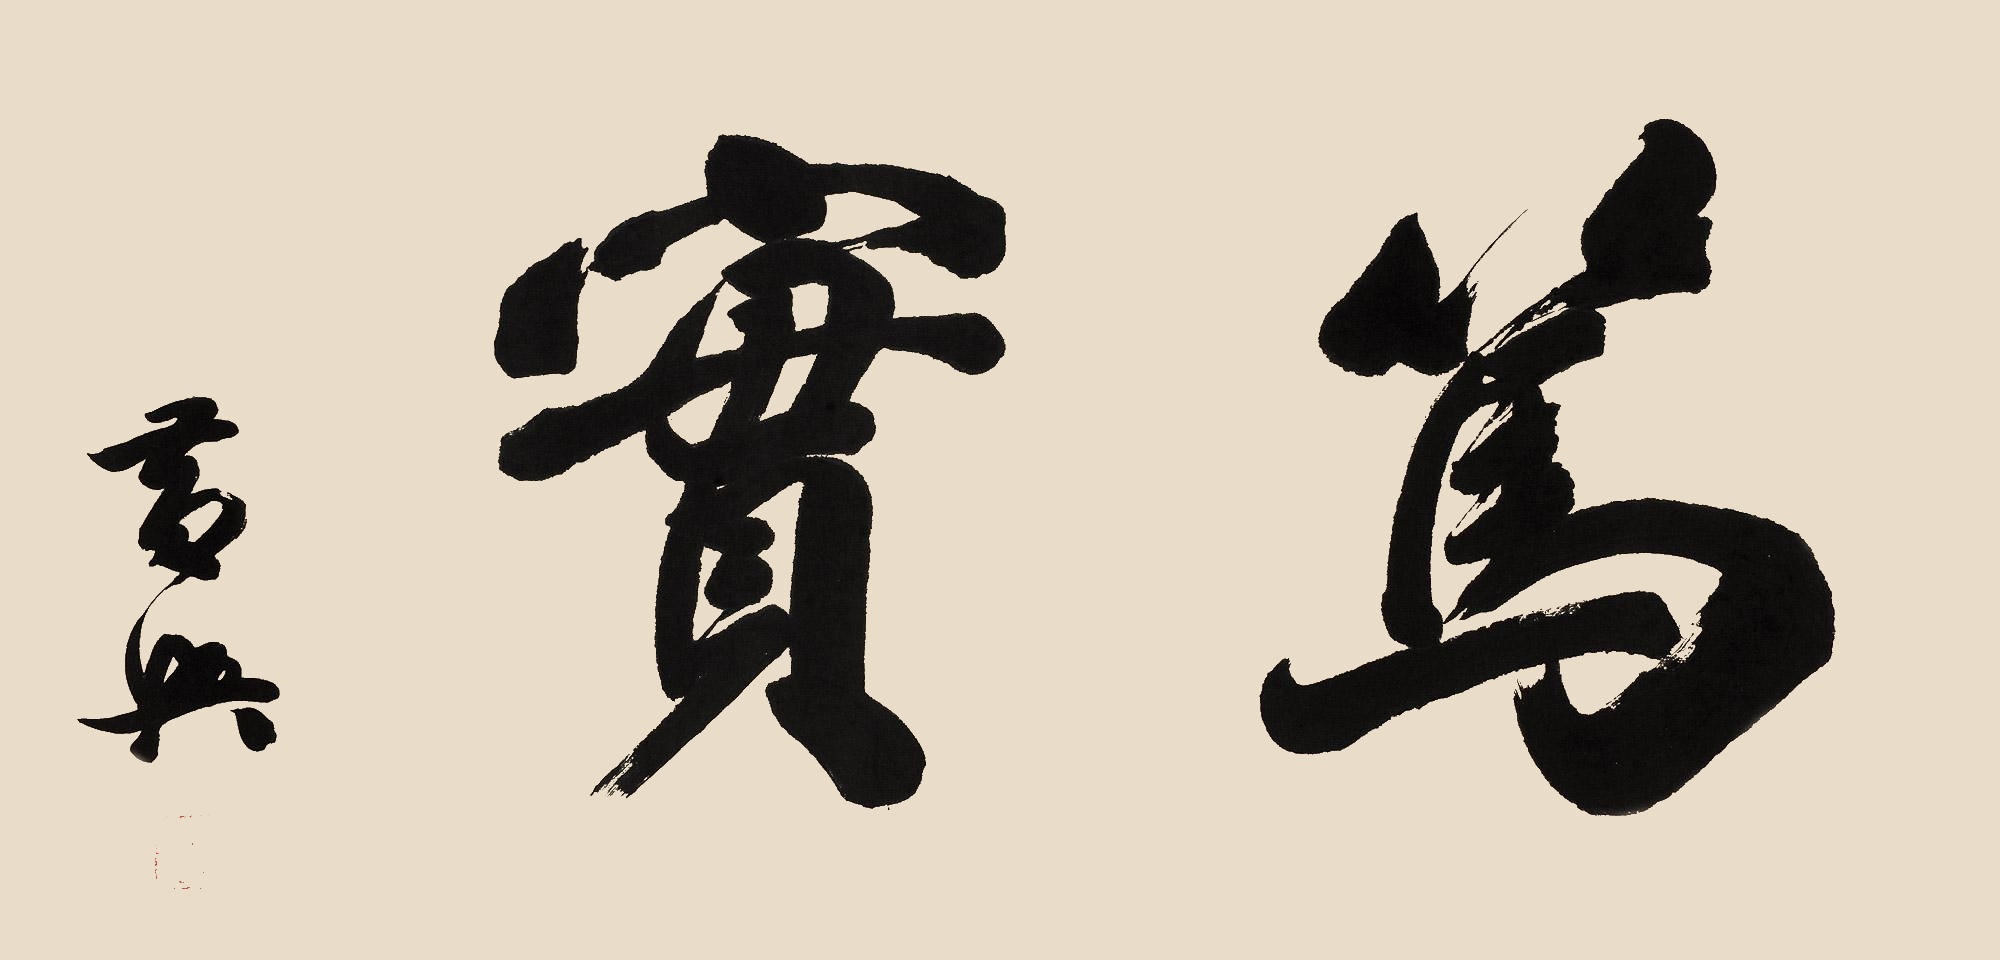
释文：笃实黄兴。